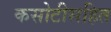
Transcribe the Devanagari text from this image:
कसोटीसहित